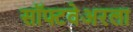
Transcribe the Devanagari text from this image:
सॉफ्टवेअरला